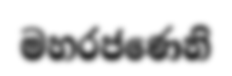
මහරජණෙනි